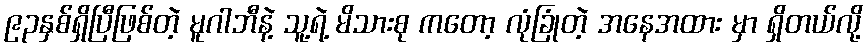
၉၃နှစ်ရှိပြီဖြစ်တဲ့ မူဂါဘီနဲ့ သူ့ရဲ့ မိသားစု ကတော့ လုံခြုံတဲ့ အနေအထား မှာ ရှိတယ်လို့